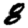
Digit: 8